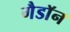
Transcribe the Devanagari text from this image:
गैडाॅन